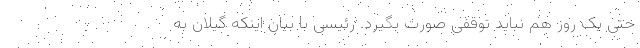
حتی یک روز هم نباید توقفی صورت بگیرد. رئیسی با بیان اینکه گیلان به